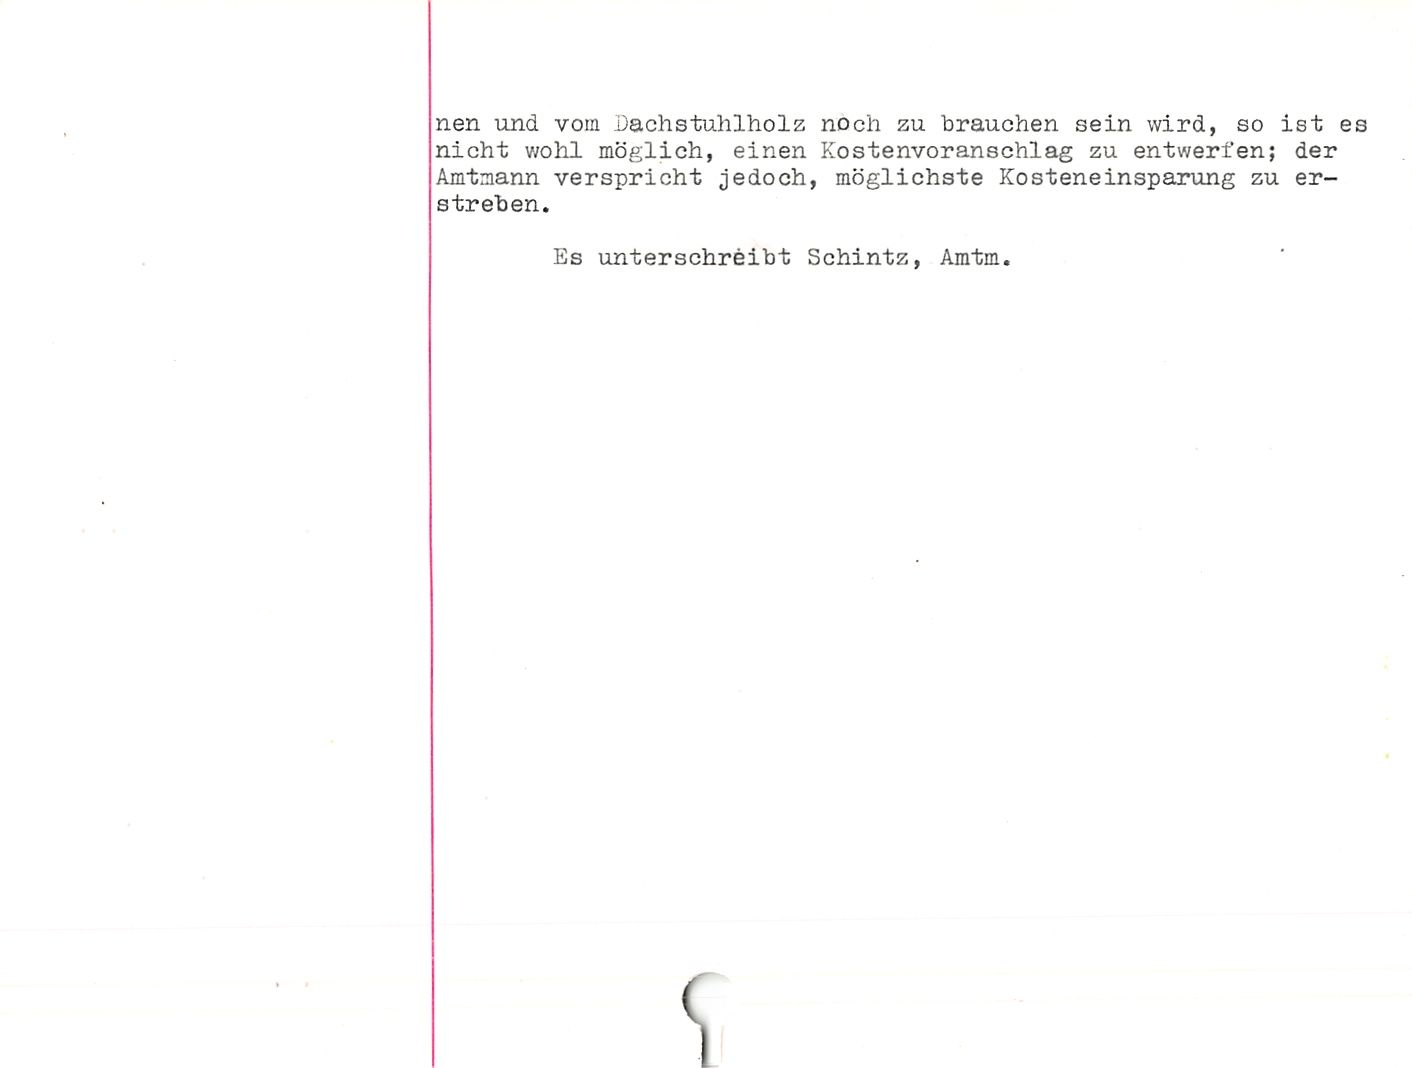
nen und vom Dachstuhlholz noch zu brauchen sein wird, so ist es
nicht v/ohl möglich, einen Kostenvoranschlag zu entwerfen; der
Amtmann verspricht jedoch, möglichste Kosteneinsparung zu er¬
streben.

Es unterschreibt Schintz, Amtm.